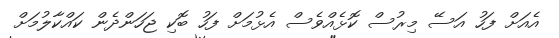
އެއަށް ފަހު އަސޭ މިރުސް ކޮޅެއްވެސް އެޅުމަށް ފަހު ބޮކި ޖަހަންދެން ކައްކާލުމަށް